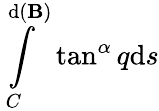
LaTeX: \int\limits_{C}^{\mathrm{d}(\mathbf{B})}\tan^{\alpha}q\mathrm{d}s